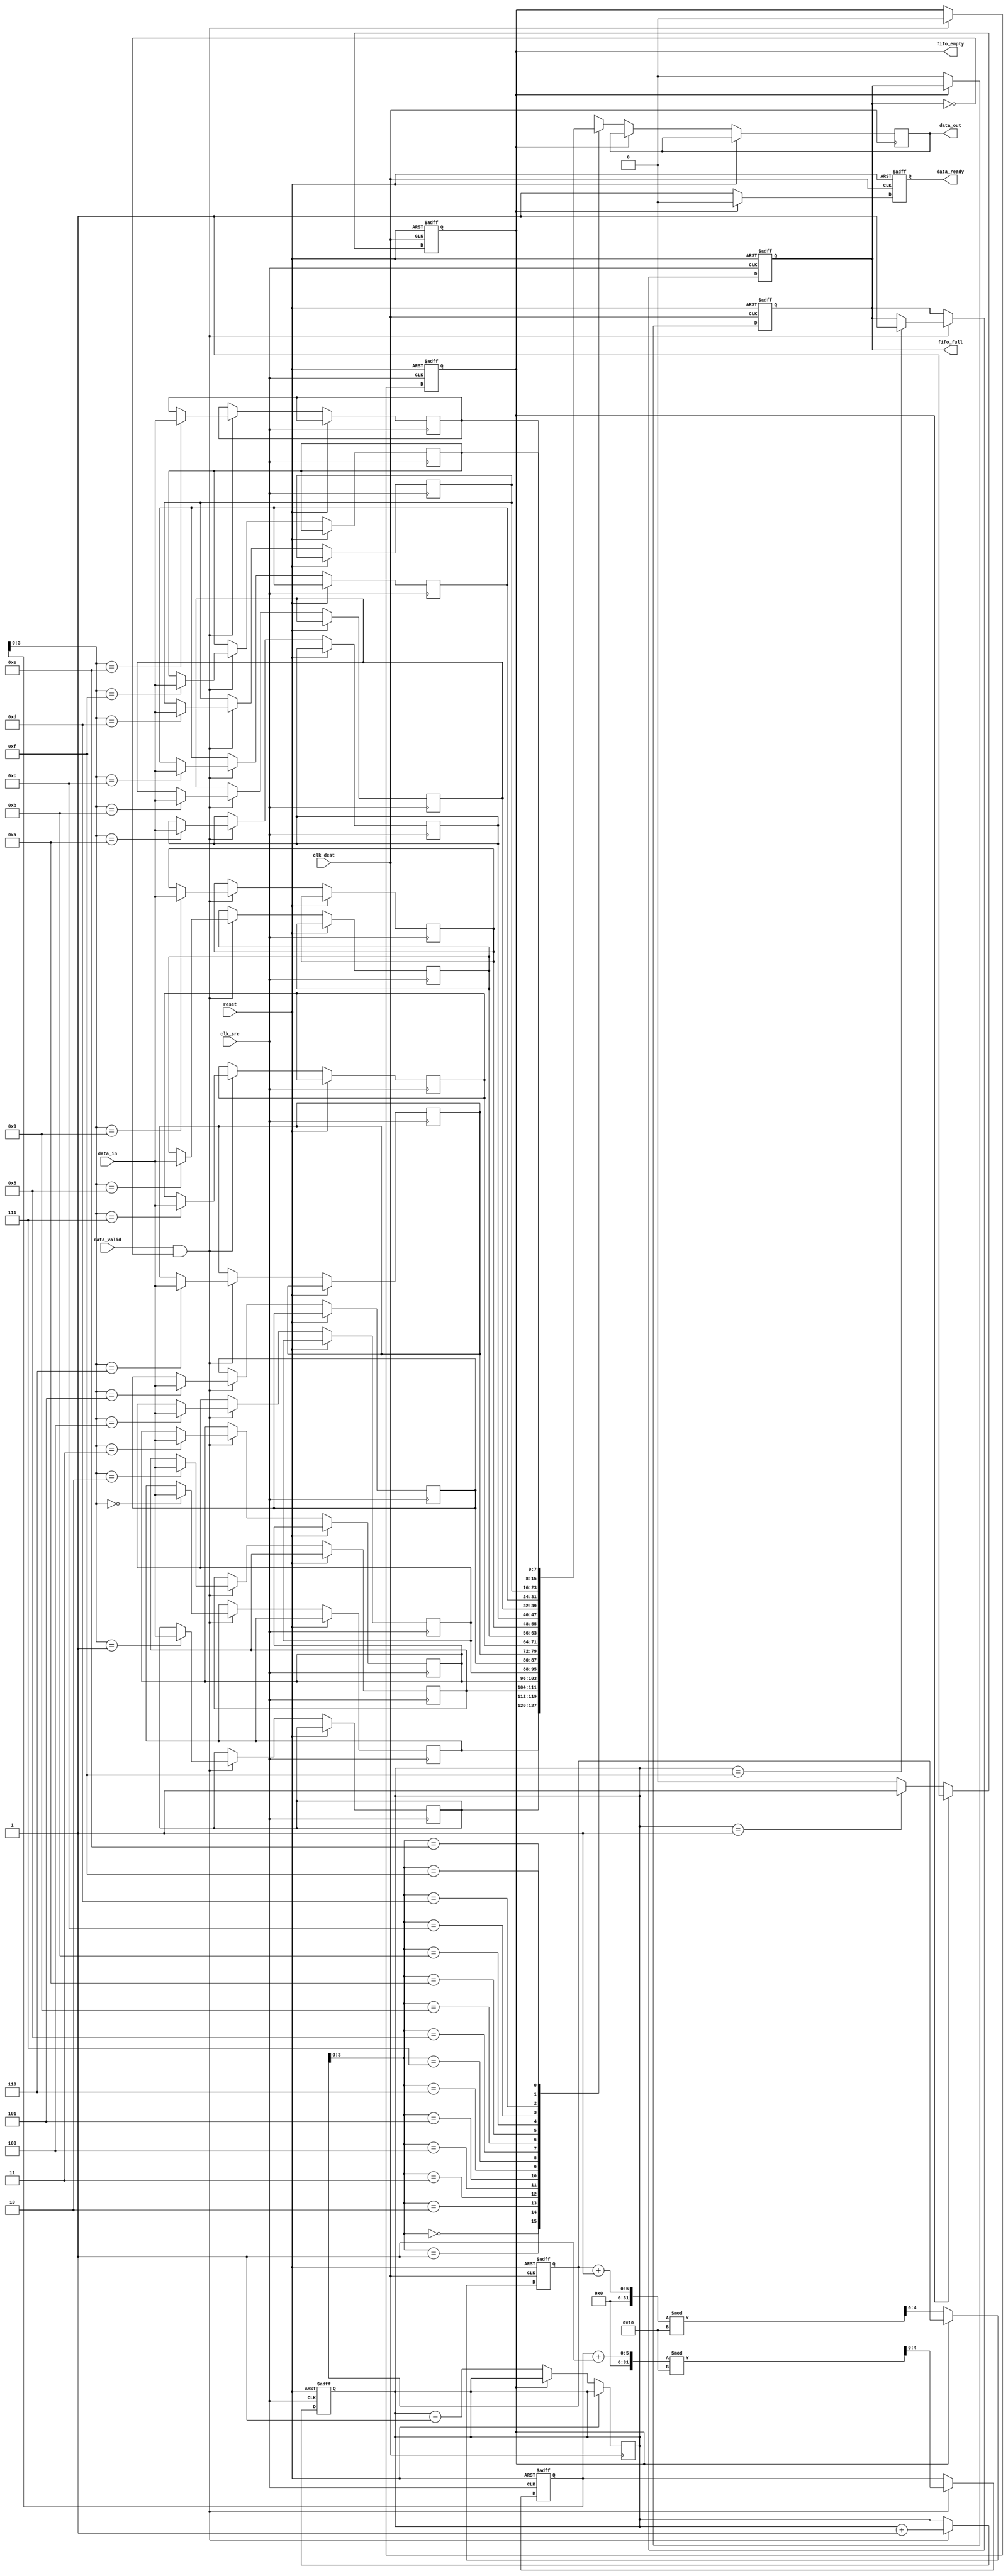
module burst_mode_synchronizer #(
    parameter DATA_WIDTH = 8,  // Width of the data
    parameter FIFO_DEPTH = 16   // Depth of the FIFO
)(
    input wire clk_src,         // Source clock
    input wire clk_dest,        // Destination clock
    input wire reset,           // Asynchronous reset
    input wire [DATA_WIDTH-1:0] data_in, // Data input from source
    input wire data_valid,      // Data valid signal from source
    output reg [DATA_WIDTH-1:0] data_out, // Data output to destination
    output reg data_ready,      // Data ready signal for destination
    output reg fifo_full,       // FIFO full signal
    output reg fifo_empty       // FIFO empty signal
);

    // FIFO buffer
    reg [DATA_WIDTH-1:0] fifo [0:FIFO_DEPTH-1];
    reg [4:0] write_ptr;       // Write pointer
    reg [4:0] read_ptr;        // Read pointer
    reg [4:0] count;           // Number of items in FIFO

    // Reset logic
    always @(posedge clk_src or posedge reset) begin
        if (reset) begin
            write_ptr <= 0;
            count <= 0;
            fifo_full <= 0;
            fifo_empty <= 1;
        end else begin
            if (data_valid && !fifo_full) begin
                fifo[write_ptr] <= data_in;
                write_ptr <= (write_ptr + 1) % FIFO_DEPTH;
                count <= count + 1;
                fifo_empty <= 0;
                if (count == FIFO_DEPTH - 1) begin
                    fifo_full <= 1;
                end
            end
        end
    end

    // Read logic for destination clock domain
    always @(posedge clk_dest or posedge reset) begin
        if (reset) begin
            read_ptr <= 0;
            data_ready <= 0;
            fifo_full <= 0;
            fifo_empty <= 1;
        end else begin
            if (!fifo_empty) begin
                data_out <= fifo[read_ptr];
                data_ready <= 1;
                read_ptr <= (read_ptr + 1) % FIFO_DEPTH;
                count <= count - 1;
                if (count == 1) begin
                    fifo_empty <= 1;
                end
                if (fifo_full) begin
                    fifo_full <= 0;
                end
            end else begin
                data_ready <= 0;
            end
        end
    end

    // Handshaking mechanism (optional)
    // You can implement additional handshaking signals if needed

endmodule